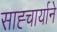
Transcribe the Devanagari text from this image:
साह्चार्याने